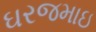
ઘરજમાઇ